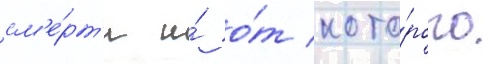
см'е́рт'и и́ о́т кото́рого